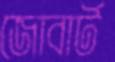
জোবার্ট